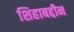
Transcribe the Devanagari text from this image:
शिहाबद्दीन